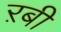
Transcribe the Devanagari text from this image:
ऱबी